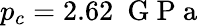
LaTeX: p_{c}=2.62~\mathrm{~G~P~a~}